Vaccination report Assam 1874-1896 - 1874-1896
Year: 1874
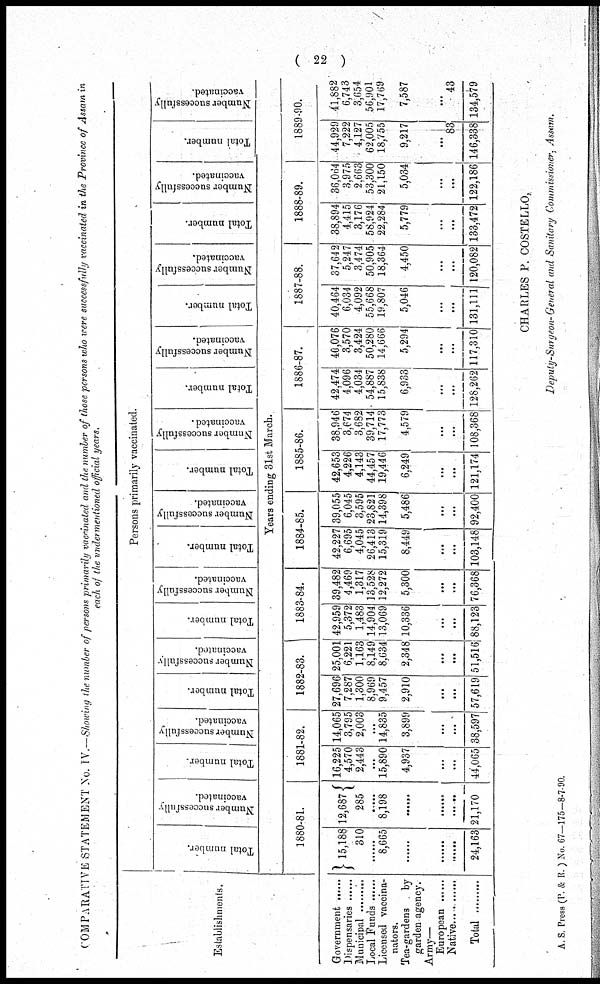
( 22 )
COMPARATIVE STATEMENT No. IV.—Showing the number of persons primarily vaccinated and the number of those persons who were successfully vaccinated in the Province of Assam in
each of the undermentioned official years.
Establishments.
Government ......
Dispensaries ......
Municupal .........
Local Funds ......
Licensed vaccina¬
nators.
Tea-gardens
by
garden agency.
Army—
European ......
Native............
Total
.........
Persons primarily vaccinated.
Total number.
Number successfully
vaccinated.
Total number.
Number successfully
vaccinated.
Total number.
Number successfully
vaccinated.
Total number.
Number successfully
vaccinated.
Total number.
Number successfully
vaccinated.
Total number.
Number successfully
vaccinated.
Total number.
Number successfully
vaccinated.
Total number.
Number successfully
vaccinated.
Total number.
Number successfully
vaccinated.
Total number.
Number successfully
vaccinated.
Years ending 31st March.
1880-81.
15,188
310
......
8,665
......
......
......
24,163
12,687
285
......
8,198
......
......
......
21,170
1881-82.
16,225
4,570
2,443
...
15,890
4,937
...
...
44,065
14,065
3,795
2,003
...
14,835
3,899
...
...
38,597
1882-83.
27,696
7,287
1,300
8,969
9,457
2,910
...
...
57,619
25,001
6,221
1,163
8,149
8,634
2,348
...
...
51,516
1883-84.
42,959
5,372
1,483
14,904
13,069
10,336
...
...
88,123
39,482
4,469
1,317
13,528
12,272
5,300
...
...
76,368
1884-85.
42,227
6,695
4,045
26,413
15,319
8,449
...
...
103,148
39,055
6,045
3,595
23,821
14,398
5,486
...
...
92,400
1885-86.
42,653
4,226
4,143
44,457
19,446
6,249
...
...
121,174
38,946
3,674
3,682
39,714
17,773
4,579
...
...
108,368
1886-87.
42,474
4,096
4,034
54,887
15,838
6,933
...
...
128,262
40,076
3,570
3,424
50,280
14,666
5,294
...
...
117,310
1887-88.
40,464
6,034
4,092
55,668
19,807
5,046
...
...
131,111
37,642
5,247
3,474
50,905
18,364
4,450
...
...
120,082
1888-89.
38,894
4,415
3,176
58,924
22,284
5,779
...
...
133,472
36,064
3,975
2,663
53,300
21,150
5,034
...
...
122,186
1889-90.
44,929
7,222
4,127
62,005
18,755
9,217
...
83
146,338
41,882
6,743
3,654
56,901
17,769
7,587
...
43
134,579
CHARLES P. COSTELLO,
Deputy-Surgeon-General and Sanitary Commissioner, Assam.
A. S. Press (P. & R. ) No. 67—175—8-7-90.